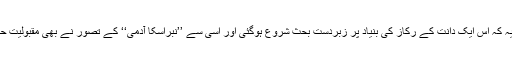
مختصراً یہ کہ اس ایک دانت کے رکاز کی بنیاد پر زبردست بحث شروع ہوگئی اور اسی سے ’’نبراسکا آدمی‘‘ کے تصور نے بھی مقبولیت حاصل کی۔